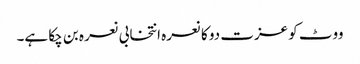
ووٹ کو عزت دو کا نعرہ انتخابی نعرہ بن چکا ہے۔